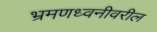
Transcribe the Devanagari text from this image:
भ्रमणध्वनीवरील